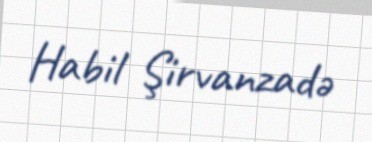
Habil Şirvanzadə